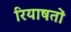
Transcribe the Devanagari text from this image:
रियाषतों